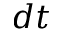
d t